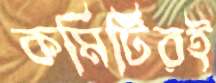
কমিটিরই